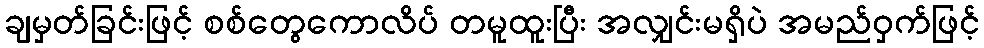
ချမှတ်ခြင်းဖြင့် စစ်တွေကောလိပ် တမူထူးပြီး အလျှင်းမရှိပဲ အမည်ဝှက်ဖြင့်